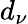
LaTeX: d_{\nu}